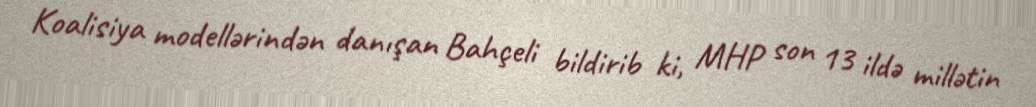
Koalisiya modellərindən danışan Bahçeli bildirib ki, MHP son 13 ildə millətin